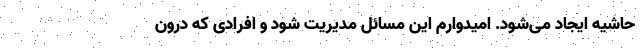
حاشیه ایجاد می‌شود. امیدوارم این مسائل مدیریت شود و افرادی که درون